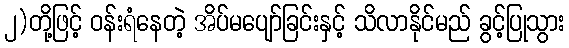
၂)တို့ဖြင့် ဝန်းရံနေတဲ့ အိပ်မပျော်ခြင်းနှင့် သိလာနိုင်မည် ခွင့်ပြုသွား